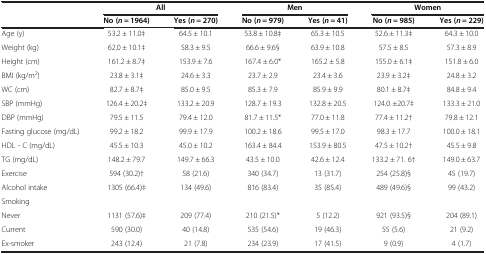
<table><thead><tr><td><b> </b></td><td colspan="2"><b>All</b></td><td colspan="2"><b>Men</b></td><td colspan="2"><b>Women</b></td></tr><tr><td><b> </b></td><td><b>No (<i>n</i> = 1964)</b></td><td><b>Yes (<i>n</i> = 270)</b></td><td><b>No (<i>n</i> = 979)</b></td><td><b>Yes (<i>n</i> = 41)</b></td><td><b>No (<i>n</i> = 985)</b></td><td><b>Yes (<i>n</i> = 229)</b></td></tr></thead><tbody><tr><td>Age (y)</td><td>53.2 ± 11.0‡</td><td>64.5 ± 10.1</td><td>53.8 ± 10.8‡</td><td>65.3 ± 10.5</td><td>52.6 ± 11.3‡</td><td>64.3 ± 10.0</td></tr><tr><td>Weight (kg)</td><td>62.0 ± 10.1‡</td><td>58.3 ± 9.5</td><td>66.6 ± 9.6§</td><td>63.9 ± 10.8</td><td>57.5 ± 8.5</td><td>57.3 ± 8.9</td></tr><tr><td>Height (cm)</td><td>161.2 ± 8.7‡</td><td>153.9 ± 7.6</td><td>167.4 ± 6.0*</td><td>165.2 ± 5.8</td><td>155.0 ± 6.1‡</td><td>151.8 ± 6.0</td></tr><tr><td>BMI (kg/m<sup>2</sup>)</td><td>23.8 ± 3.1‡</td><td>24.6 ± 3.3</td><td>23.7 ± 2.9</td><td>23.4 ± 3.6</td><td>23.9 ± 3.2‡</td><td>24.8 ± 3.2</td></tr><tr><td>WC (cm)</td><td>82.7 ± 8.7‡</td><td>85.0 ± 9.5</td><td>85.3 ± 7.9</td><td>85.9 ± 9.9</td><td>80.1 ± 8.7‡</td><td>84.8 ± 9.4</td></tr><tr><td>SBP (mmHg)</td><td>126.4 ± 20.2‡</td><td>133.2 ± 20.9</td><td>128.7 ± 19.3</td><td>132.8 ± 20.5</td><td>124.0 ±20.7‡</td><td>133.3 ± 21.0</td></tr><tr><td>DBP (mmHg)</td><td>79.5 ± 11.5</td><td>79.4 ± 12.0</td><td>81.7 ± 11.5*</td><td>77.0 ± 11.8</td><td>77.4 ± 11.2†</td><td>79.8 ± 12.1</td></tr><tr><td>Fasting glucose (mg/dL)</td><td>99.2 ± 18.2</td><td>99.9 ± 17.9</td><td>100.2 ± 18.6</td><td>99.5 ± 17.0</td><td>98.3 ± 17.7</td><td>100.0 ± 18.1</td></tr><tr><td>HDL - C (mg/dL)</td><td>45.5 ± 10.3</td><td>45.0 ± 10.2</td><td>163.4 ± 84.4</td><td>153.9 ± 80.5</td><td>47.5 ± 10.2†</td><td>45.5 ± 9.8</td></tr><tr><td>TG (mg/dL)</td><td>148.2 ± 79.7</td><td>149.7 ± 66.3</td><td>43.5 ± 10.0</td><td>42.6 ± 12.4</td><td>133.2 ± 71. 6†</td><td>149.0 ± 63.7</td></tr><tr><td>Exercise</td><td>594 (30.2)†</td><td>58 (21.6)</td><td>340 (34.7)</td><td>13 (31.7)</td><td>254 (25.8)§</td><td>45 (19.7)</td></tr><tr><td>Alcohol intake</td><td>1305 (66.4)‡</td><td>134 (49.6)</td><td>816 (83.4)</td><td>35 (85.4)</td><td>489 (49.6)§</td><td>99 (43.2)</td></tr><tr><td>Smoking</td><td> </td><td> </td><td> </td><td> </td><td> </td><td> </td></tr><tr><td>Never</td><td>1131 (57.6)‡</td><td>209 (77.4)</td><td>210 (21.5)*</td><td>5 (12.2)</td><td>921 (93.5)§</td><td>204 (89.1)</td></tr><tr><td>Current</td><td>590 (30.0)</td><td>40 (14.8)</td><td>535 (54.6)</td><td>19 (46.3)</td><td>55 (5.6)</td><td>21 (9.2)</td></tr><tr><td>Ex-smoker</td><td>243 (12.4)</td><td>21 (7.8)</td><td>234 (23.9)</td><td>17 (41.5)</td><td>9 (0.9)</td><td>4 (1.7)</td></tr></tbody></table>